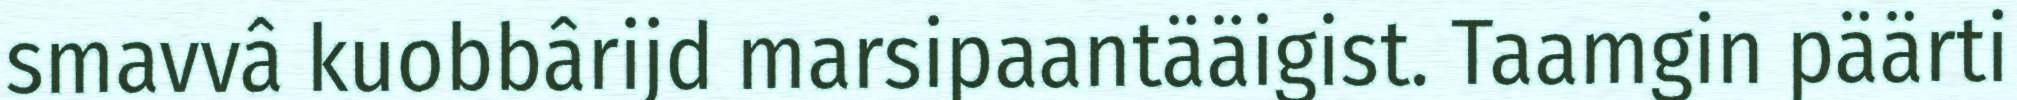
smavvâ kuobbârijd marsipaantääigist. Taamgin päärti